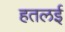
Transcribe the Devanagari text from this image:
हतलई